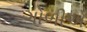
ગોળીએ